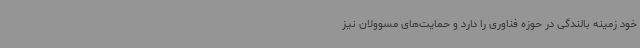
خود زمینه بالندگی در حوزه فناوری را دارد و حمایت‌های مسوولان نیز